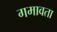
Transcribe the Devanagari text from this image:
गमावता